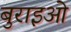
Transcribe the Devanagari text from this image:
बुराइओ